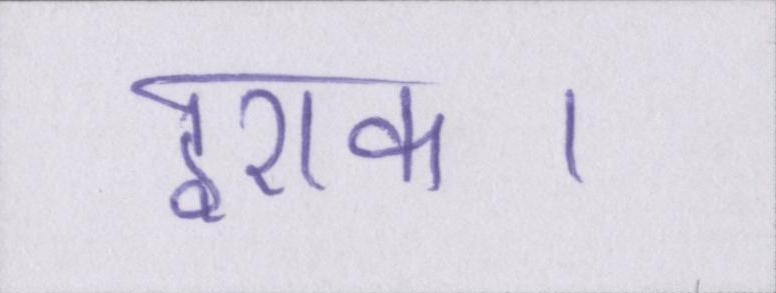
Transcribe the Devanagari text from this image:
इराक।